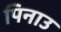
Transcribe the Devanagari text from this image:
पिनाउ